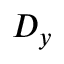
D _ { y }